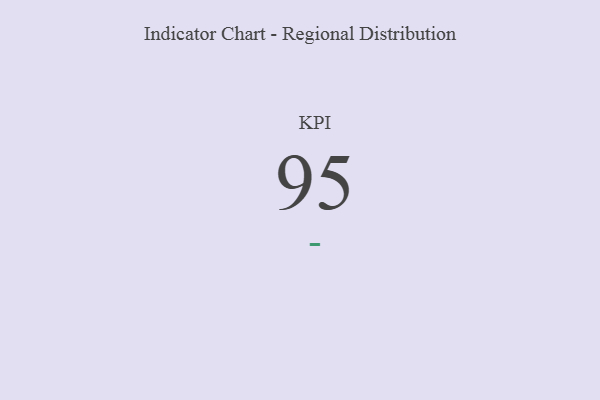
{"axis": {"x": "KPI", "y": "Value"}, "legend": [""], "data": [{"x": "KPI", "y": 95, "type": ""}]}